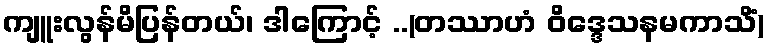
ကျူးလွန်မိပြန်တယ်၊ ဒါကြောင့် ..(တဿာဟံ ဝိဒ္ဒေသနမကာသိံ)